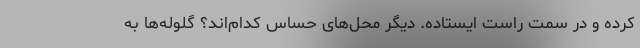
کرده و در سمت راست ایستاده. دیگر محل‌های حساس کدام‌اند؟ گلوله‌ها به